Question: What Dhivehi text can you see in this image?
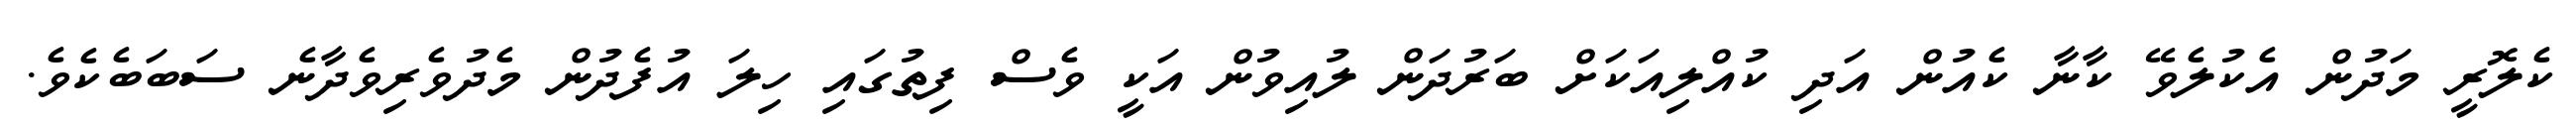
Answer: ކެލޮރީ މަދުން އެކުލެވޭ ކާނާ ކެއުން އަދި ކުއްލިއަކަށް ބަރުދަން ލުއިވުން އަކީ ވެސް ފިތުގައި ހިލަ އުފެދުން މެދުވެރިވެދާނެ ސަބަބެކެވެ.